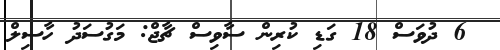
6 ދުވަސް 18 ގަޑި ކުރިން ސާވިސް ޗާޖް: މަގުސަދު ހާސިލް